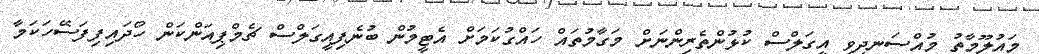
މައުލޫމާތު މުއްސަނދިވި އީގަލްސް ކުޅުންތެރިންނަށް މަގާމުތައް ހައްގުކަމަށް އެޓީމުން ބުނެފިއީގަލްސް ޗެމްޕިއަންކަން ހޯދައިފިފަސޭހަކަމާ